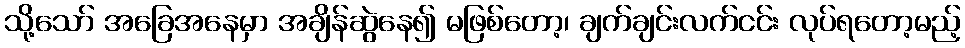
သို့သော် အခြေအနေမှာ အချိန်ဆွဲနေ၍ မဖြစ်တော့၊ ချက်ချင်းလက်ငင်း လုပ်ရတော့မည့်